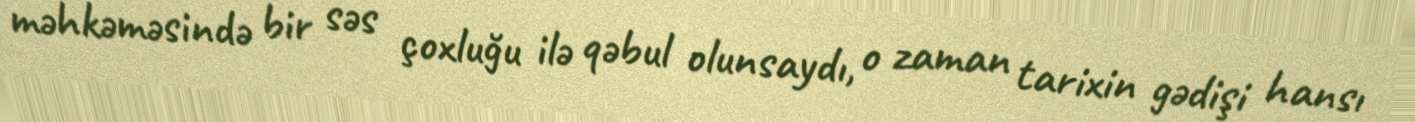
məhkəməsində bir səs çoxluğu ilə qəbul olunsaydı, o zaman tarixin gədişi hansı